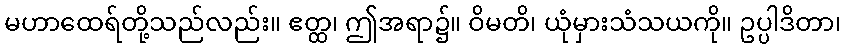
မဟာထေရ်တို့သည်လည်း။ ဧတ္ထ၊ ဤအရာ၌။ ဝိမတိ၊ ယုံမှားသံသယကို။ ဥပ္ပါဒိတာ၊